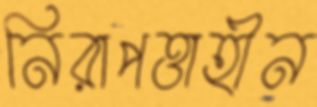
নিরাপত্তাহীন